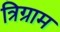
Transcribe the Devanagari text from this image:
त्रिग्राम